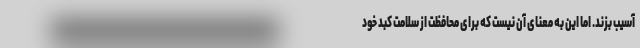
آسیب بزند. اما این به معنای آن نیست که برای محافظت از سلامت کبد خود